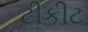
ટીકીટ